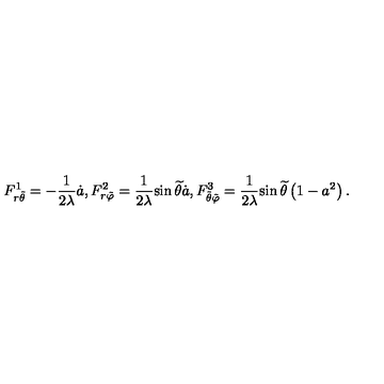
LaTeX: F _ { r { \tilde { \theta } } } ^ { 1 } = - \frac { 1 } { 2 \lambda } { \dot { a } } , F _ { r { \tilde { \varphi } } } ^ { 2 } = \frac { 1 } { 2 \lambda } { \sin { \widetilde { \theta } } { \dot { a } } } , F _ { { \tilde { \theta } } { \tilde { \varphi } } } ^ { 3 } = \frac { 1 } { 2 \lambda } { \sin { \widetilde { \theta } } } \left( 1 - a ^ { 2 } \right) .